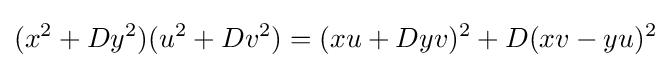
(x^{2}+Dy^{2})(u^{2}+Dv^{2})=(xu+Dyv)^{2}+D(xv-yu)^{2}